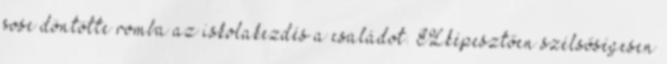
sose döntötte romba az iskolakezdés a családot. ELképesztően szélsőségesen